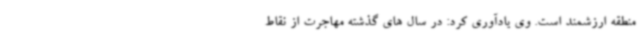
منطقه ارزشمند است. وی یادآوری کرد: در سال های گذشته مهاجرت از نقاط